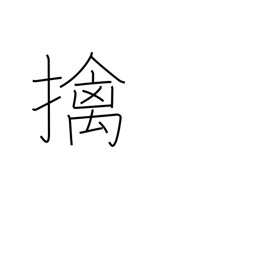
Meaning: a captive